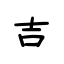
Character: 吉